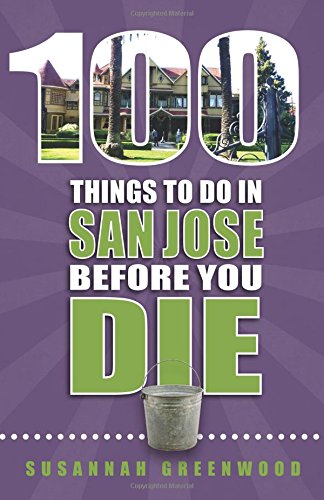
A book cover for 100 Things to Do in San Jose Before You Die; Susannah Greenwood; Travel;